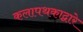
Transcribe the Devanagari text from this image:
कलापथकाद्वारे